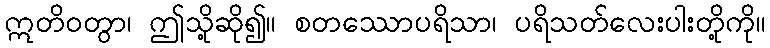
ဣတိဝတွာ၊ ဤသို့ဆို၍။ စတဿောပရိသာ၊ ပရိသတ်လေးပါးတို့ကို။